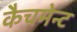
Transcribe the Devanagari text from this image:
कैचमेन्ट